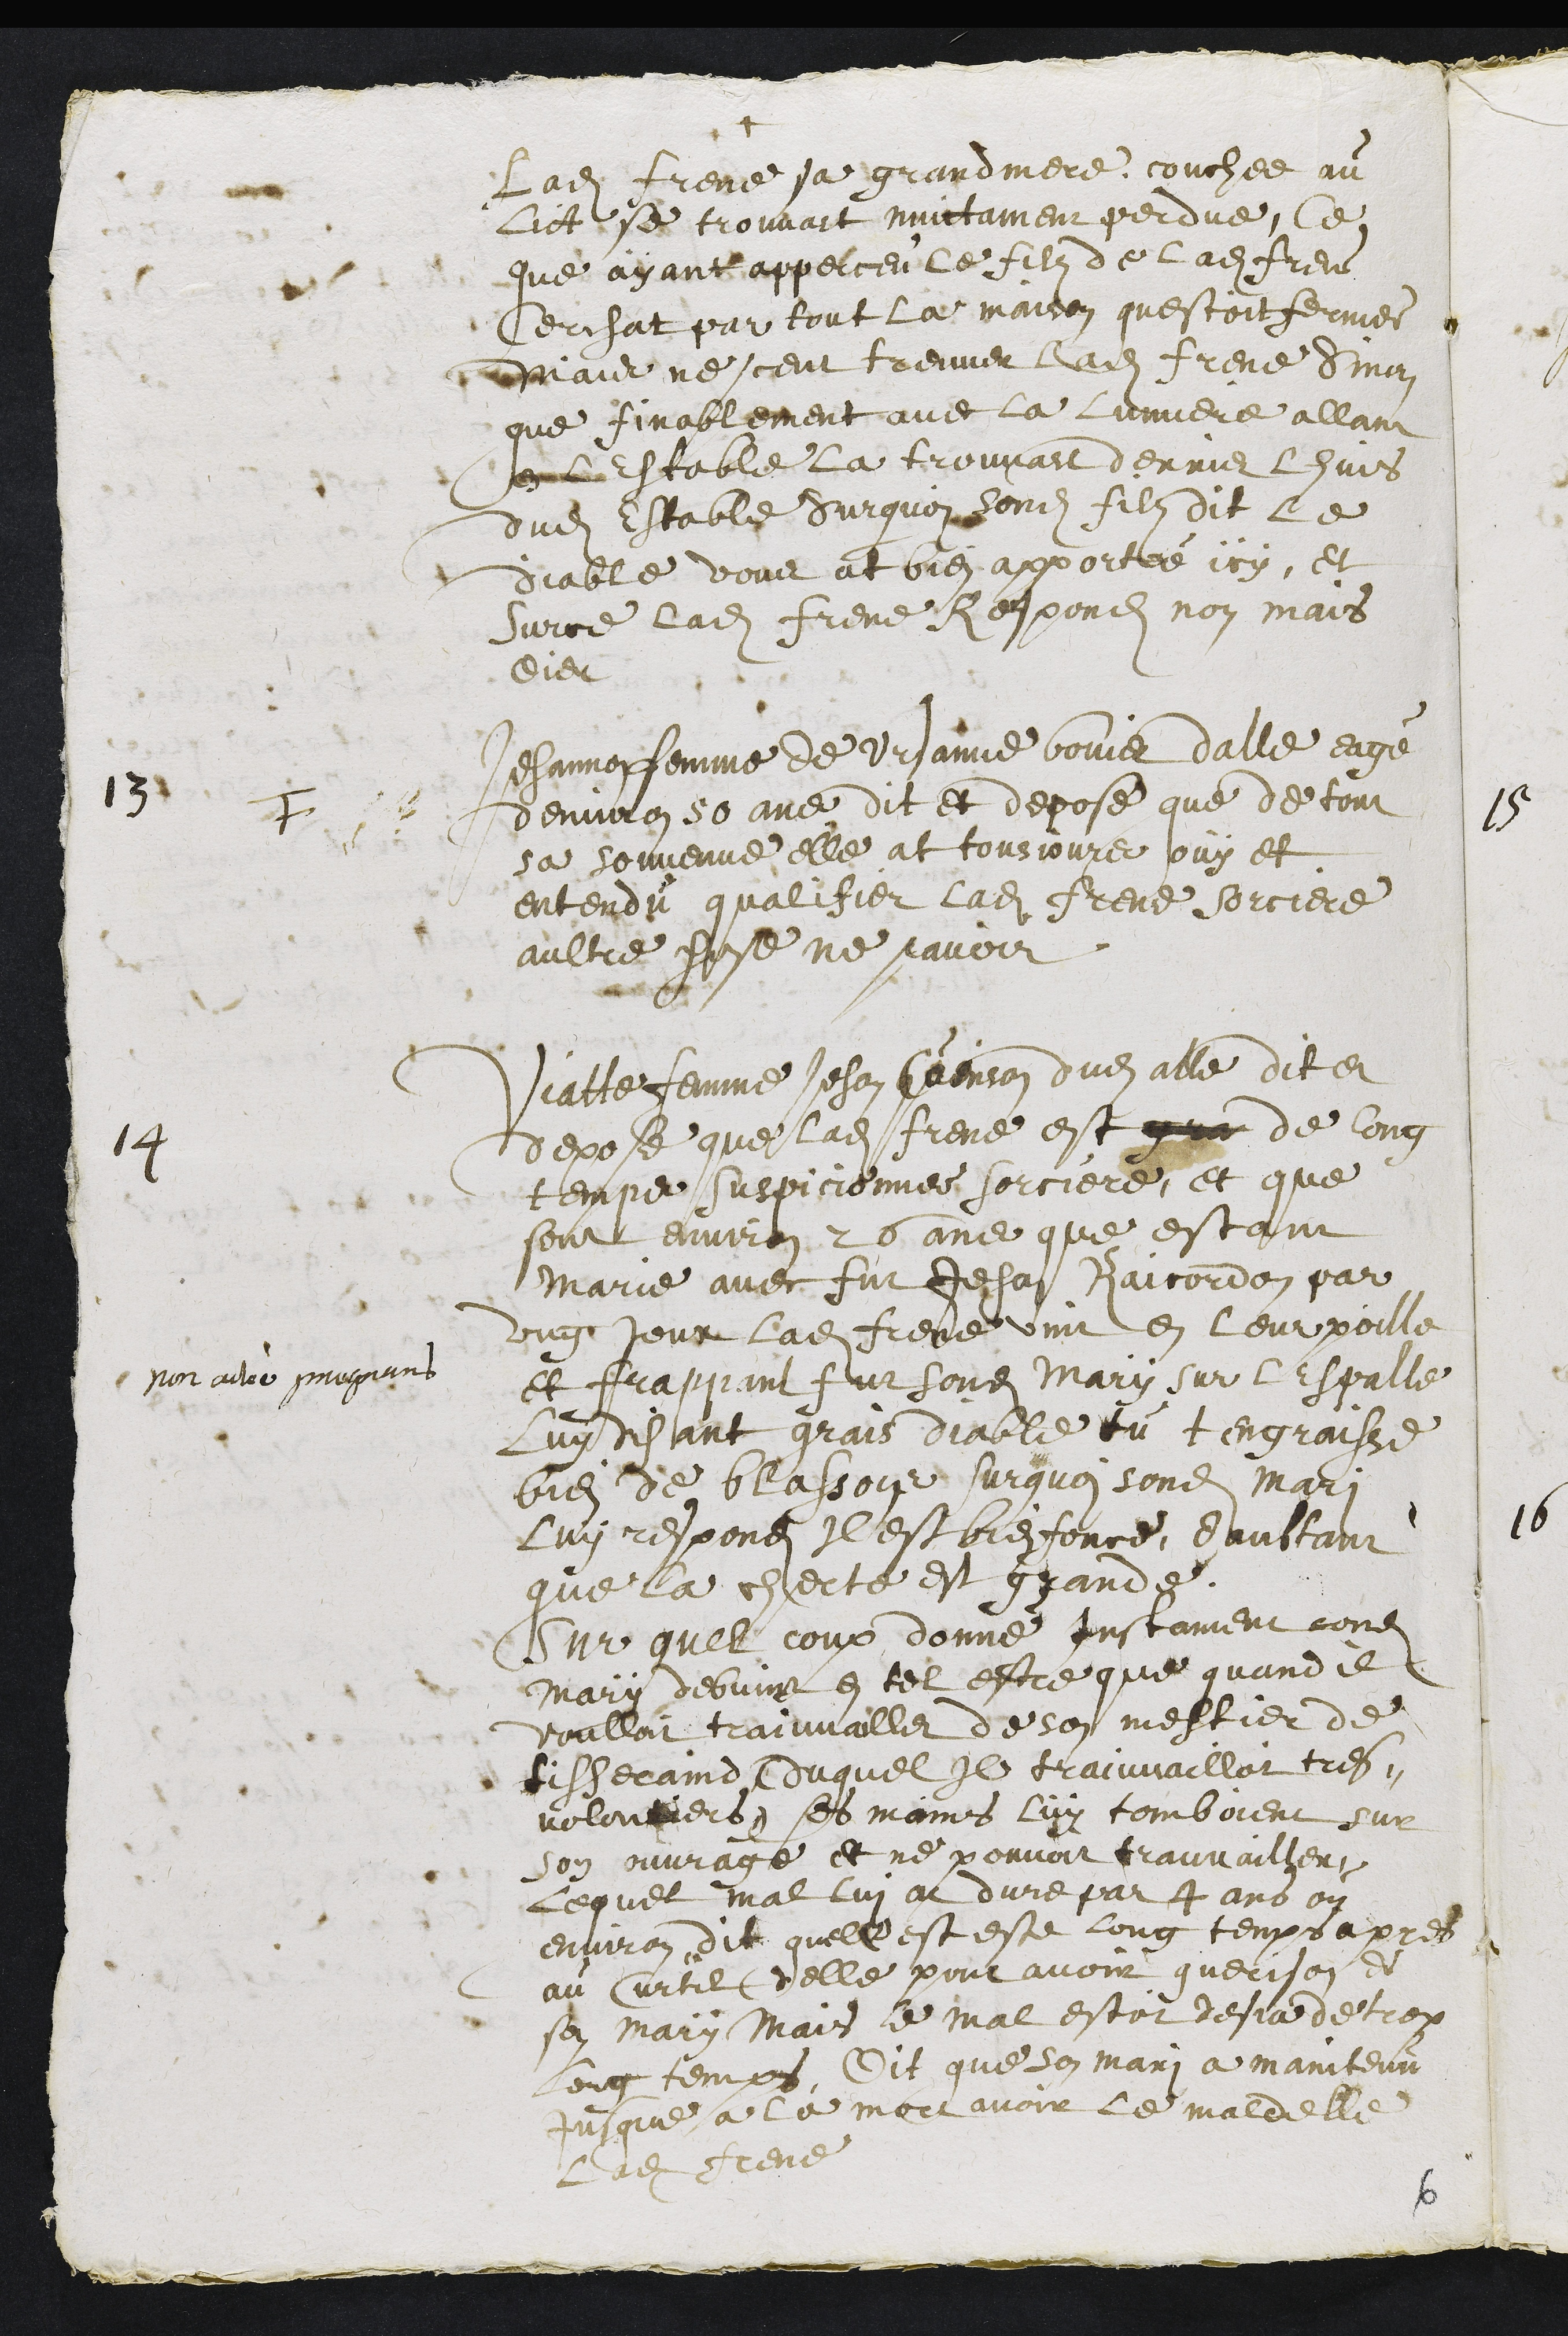
+
Ladite frene sa grandmere couchee au
lict se trouvoit nuictament perdue, Ce
que ayant apperceu le filz de ladite Frene
cerchat par tout la maison questoit fermee
mais ne sceut treuver ladite Frene Sinon
que finablement avec la lumiere allant
en l estable la trouvart derrier lhuis
dudit Estable Surquoi sondit filz dit le
diable vous at bien apportée icy, et
Surce ladite Frene Respondit non mais
dieu
13
F
Jehannon femme de Ursanne bovier dalle eagé
denviron 50 ans dit et depose que de tout
sa souvenue elle at tousjours ouy et
entendu qualifier ladite Frene sorciere
aultre chose ne scavoir
14
Viatte femme Jehan Cuinson dudit alle dit et
depose que ladite Frene est que de long
temps suspicionnee sorciere, et que
sont environ 26 ans que estant
Marie avec fut Jehan Raicordon par
ung jour ladite Frene vint en leur poille
non actée pregnans
et frappant sur sondit mary sur lespalle
luy disant grais diable tu tengraisse
bien de blassons, surque sondit mari
luy respondit Il est bien force daultant
que la cherte est grande
Sur quel coup donne Instament sondit
mary debvint en tel estre que quand il
voulloit trauvailler de son mestier de
tisseraind (duquel Il trauvailloit tres¬
volontiers) ses mains luy tomboient sur
son ouvrage et ne pouvoit trauvailler
Lequel mal luy at dure par 4 ans ou
environ, dit quelle est este long temps apres
au Curtil delle pour avoir guerison de
son mary Mais le mal estoit desja de trop
long temps, Dit que son mari a maintenu
jusque a la mort avoir le mal delle
Ladite Frene
6